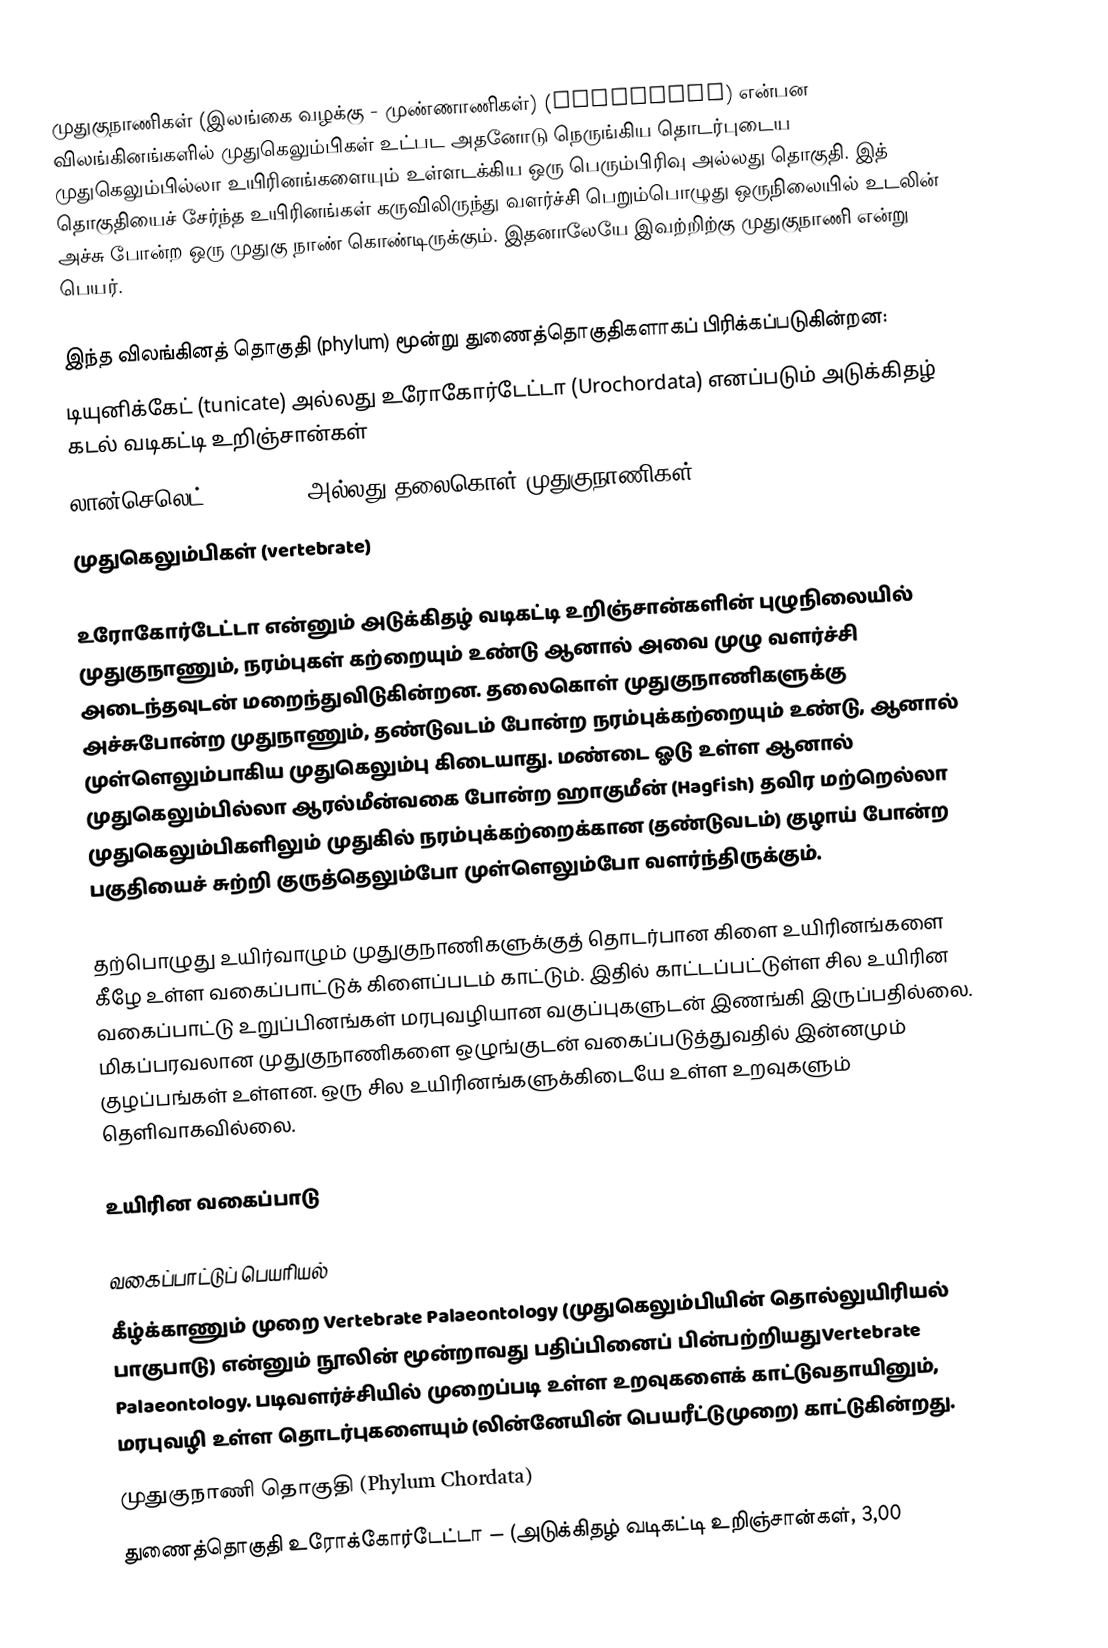
முதுகுநாணிகள் (இலங்கை வழக்கு - முண்ணாணிகள்) (Chordates)  என்பன விலங்கினங்களில் முதுகெலும்பிகள் உட்பட அதனோடு நெருங்கிய தொடர்புடைய முதுகெலும்பில்லா உயிரினங்களையும் உள்ளடக்கிய ஒரு பெரும்பிரிவு அல்லது தொகுதி. இத் தொகுதியைச் சேர்ந்த உயிரினங்கள் கருவிலிருந்து வளர்ச்சி பெறும்பொழுது ஒருநிலையில் உடலின் அச்சு போன்ற ஒரு முதுகு நாண் கொண்டிருக்கும். இதனாலேயே இவற்றிற்கு முதுகுநாணி என்று பெயர்.

இந்த விலங்கினத் தொகுதி (phylum) மூன்று துணைத்தொகுதிகளாகப் பிரிக்கப்படுகின்றன:
 டியுனிக்கேட் (tunicate) அல்லது உரோகோர்டேட்டா (Urochordata) எனப்படும் அடுக்கிதழ் கடல் வடிகட்டி உறிஞ்சான்கள்
 லான்செலெட் (lancelet) அல்லது தலைகொள் முதுகுநாணிகள் (Cephalochordata)
 முதுகெலும்பிகள் (vertebrate)

உரோகோர்டேட்டா என்னும் அடுக்கிதழ் வடிகட்டி உறிஞ்சான்களின் புழுநிலையில் முதுகுநாணும், நரம்புகள் கற்றையும் உண்டு ஆனால் அவை முழு வளர்ச்சி அடைந்தவுடன் மறைந்துவிடுகின்றன. தலைகொள் முதுகுநாணிகளுக்கு அச்சுபோன்ற முதுநாணும், தண்டுவடம் போன்ற நரம்புக்கற்றையும் உண்டு, ஆனால் முள்ளெலும்பாகிய முதுகெலும்பு கிடையாது. மண்டை ஓடு உள்ள ஆனால் முதுகெலும்பில்லா ஆரல்மீன்வகை போன்ற ஹாகுமீன் (Hagfish) தவிர மற்றெல்லா முதுகெலும்பிகளிலும் முதுகில் நரம்புக்கற்றைக்கான (தண்டுவடம்) குழாய் போன்ற பகுதியைச் சுற்றி குருத்தெலும்போ  முள்ளெலும்போ வளர்ந்திருக்கும்.

தற்பொழுது உயிர்வாழும் முதுகுநாணிகளுக்குத் தொடர்பான கிளை உயிரினங்களை கீழே உள்ள வகைப்பாட்டுக் கிளைப்படம் காட்டும். இதில் காட்டப்பட்டுள்ள சில உயிரின வகைப்பாட்டு உறுப்பினங்கள் மரபுவழியான வகுப்புகளுடன் இணங்கி இருப்பதில்லை. மிகப்பரவலான முதுகுநாணிகளை ஒழுங்குடன் வகைப்படுத்துவதில் இன்னமும் குழப்பங்கள் உள்ளன. ஒரு சில உயிரினங்களுக்கிடையே உள்ள உறவுகளும் தெளிவாகவில்லை.

உயிரின வகைப்பாடு

வகைப்பாட்டுப் பெயரியல்
கீழ்க்காணும் முறை Vertebrate Palaeontology (முதுகெலும்பியின் தொல்லுயிரியல் பாகுபாடு) என்னும் நூலின் மூன்றாவது பதிப்பினைப் பின்பற்றியதுVertebrate Palaeontology. படிவளர்ச்சியில் முறைப்படி உள்ள உறவுகளைக் காட்டுவதாயினும், மரபுவழி உள்ள தொடர்புகளையும் (லின்னேயின் பெயரீட்டுமுறை) காட்டுகின்றது.
 முதுகுநாணி தொகுதி (Phylum Chordata)
 துணைத்தொகுதி உரோக்கோர்டேட்டா — (அடுக்கிதழ் வடிகட்டி உறிஞ்சான்கள், 3,00